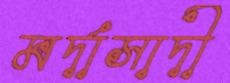
মর্দাসাদী